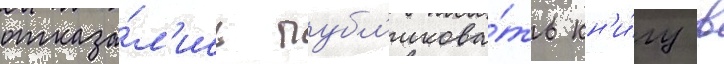
отказа́л'ись публ'икова́ть кн'и́гу в